Problem: 48 + 35 = ?
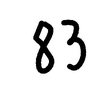
Handwritten answer: 83